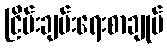
ငြိမ်းချမ်းရေးစာချုပ်